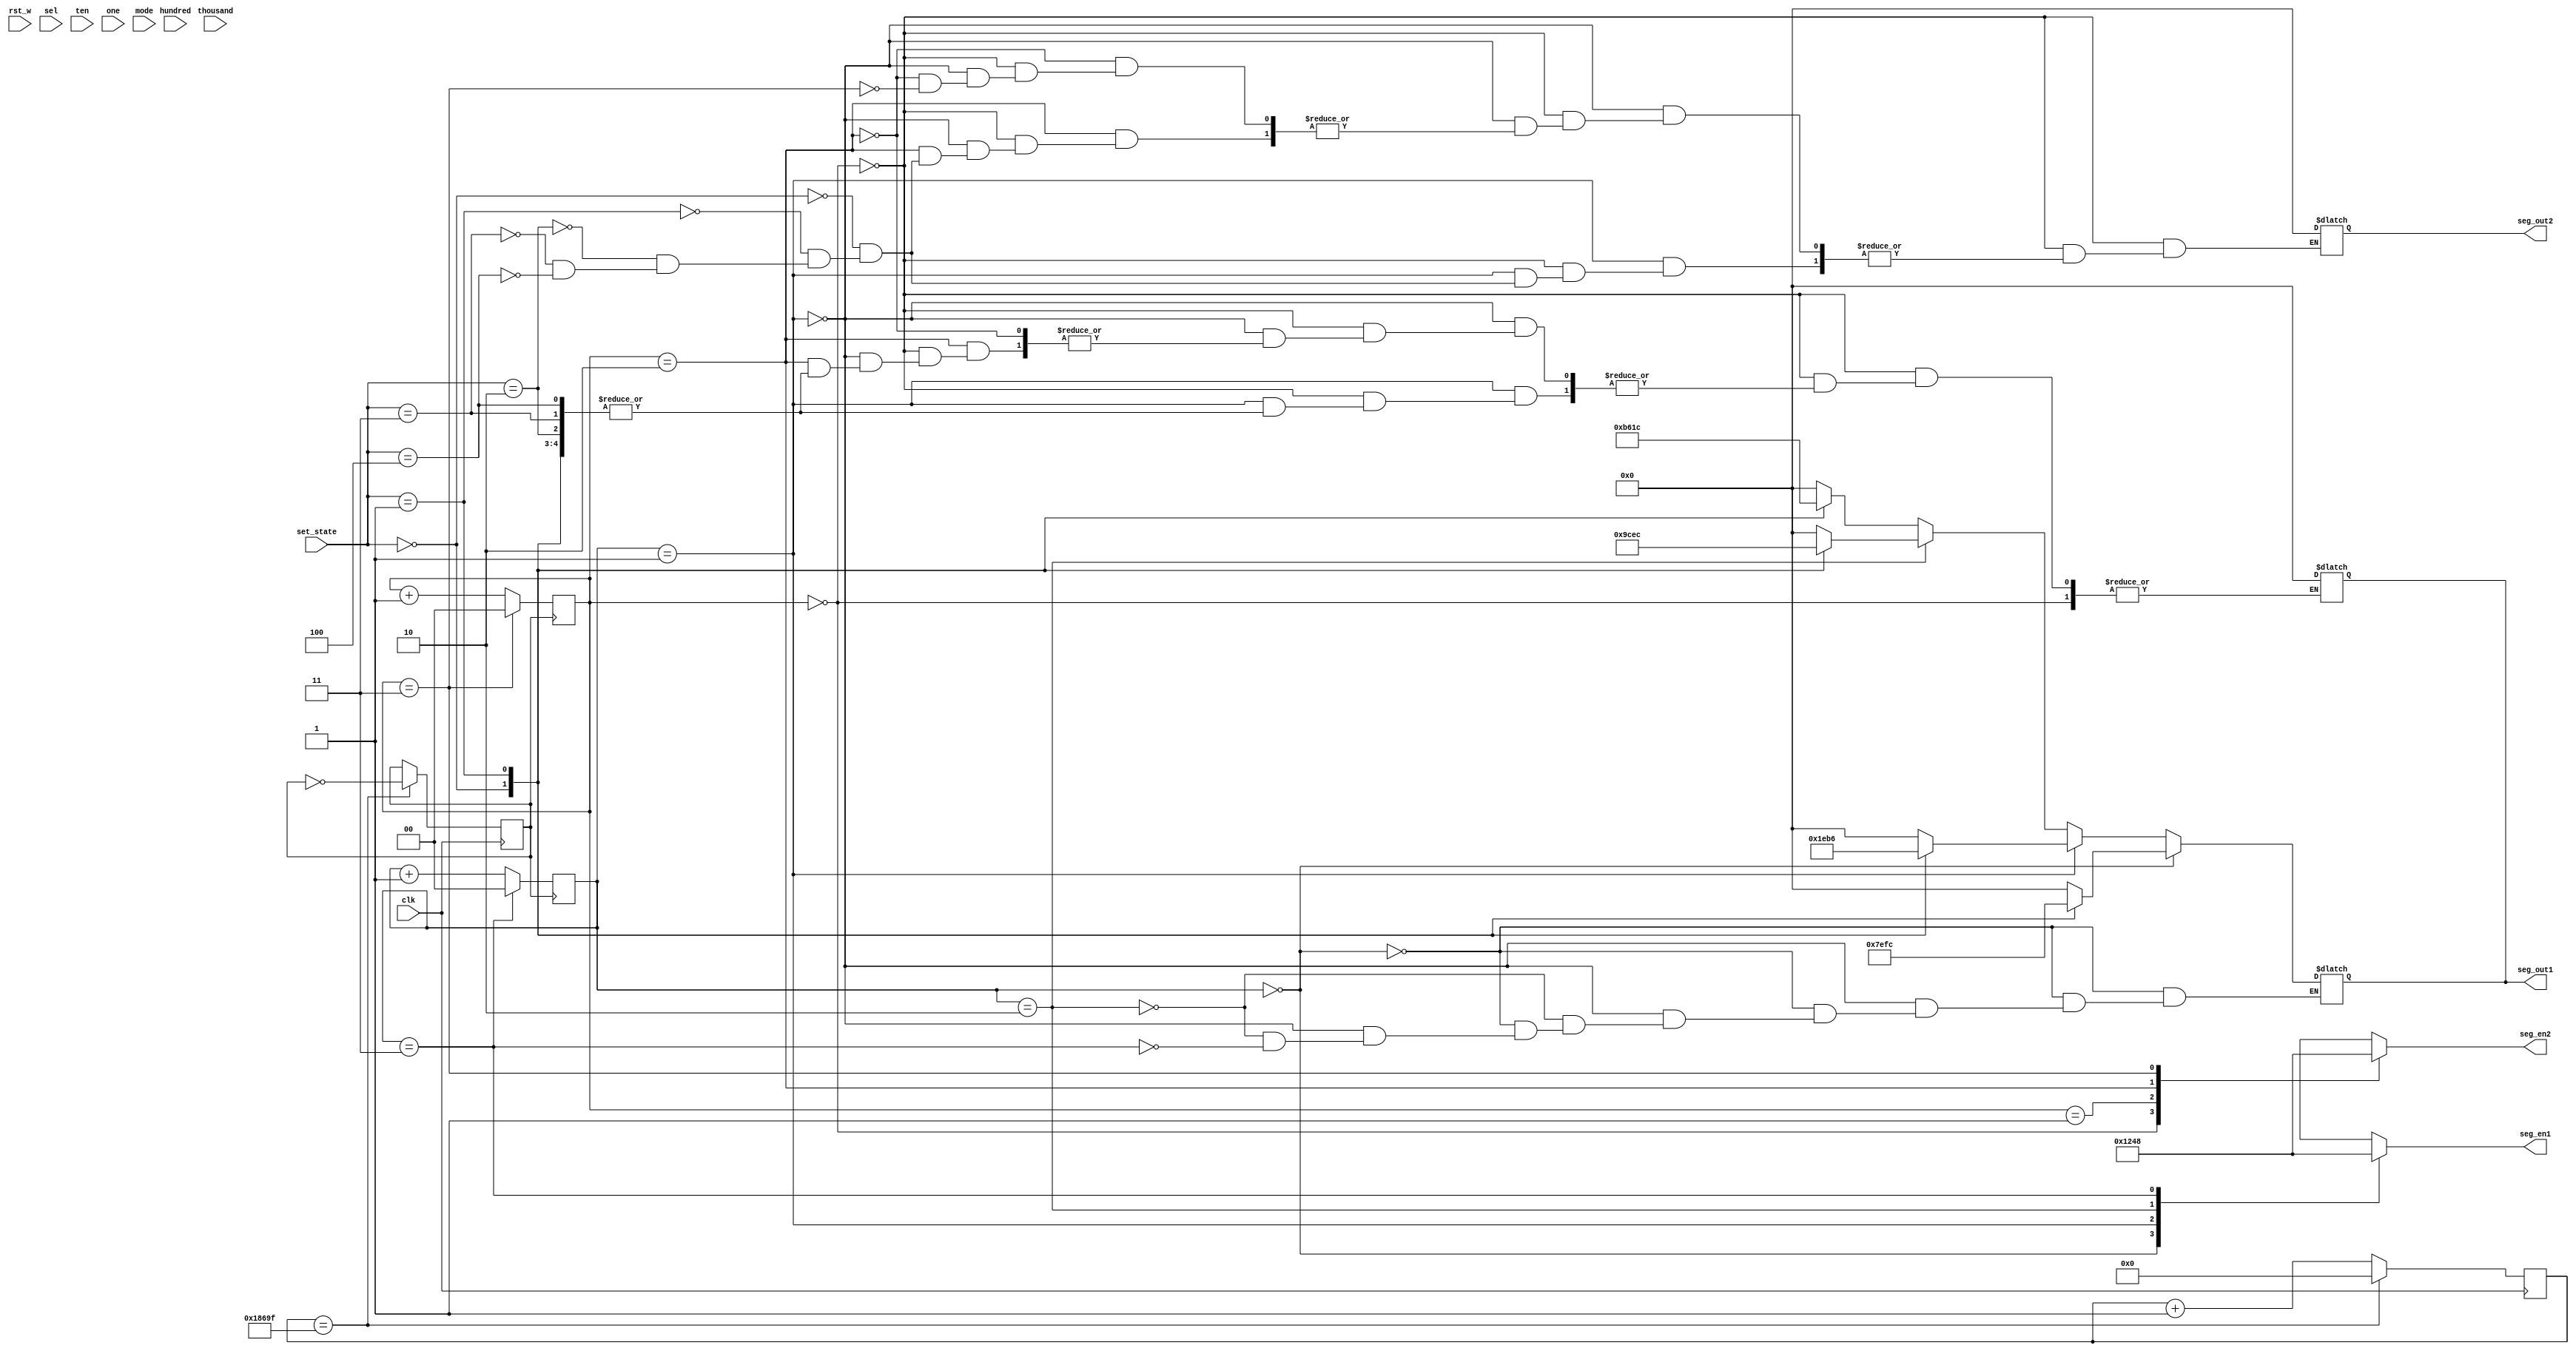
`timescale 1ns / 1ps
//////////////////////////////////////////////////////////////////////////////////
// Company: 
// Engineer: 
// 
// Design Name: 
// Module Name: set_light
// Project Name: 
// Target Devices: 
// Tool Versions: 
// Description: 
// 
// Dependencies: 
// 
// Revision:
// Revision 0.01 - File Created
// Additional Comments:
// 
//////////////////////////////////////////////////////////////////////////////////


module set_light(input rst_w,
                  input [15:0] set_state,
                  input clk,
                  input[3:0] sel,
                  input[3:0] thousand,hundred,ten,one,
                  input[1:0] mode,
                  output reg[3:0] seg_en1,seg_en2,
                  output reg [7:0] seg_out1,seg_out2);

parameter
RESTART = 3'b000,
RULE = 3'b001,
EXCEED = 3'b010,
INFO = 3'b011,
RESET = 3'b100;

reg[1:0] scan_cnt1 = 0;
reg[1:0] scan_cnt2 = 0;

parameter period = 200000;//500HZ
reg clkout       = 0;
reg[31:0]cnt;
always@(posedge clk)
begin
    if (cnt == (period>>1)-1) begin
        clkout = ~clkout;
        cnt <= 0;
    end
    else
        cnt <= cnt+1;
end

always@(posedge clkout)
begin
    if (scan_cnt1 == 2'b11)
        scan_cnt1 <= 0;
    else
        scan_cnt1 <= scan_cnt1+1;
end

always@(posedge clkout)
begin
    if (scan_cnt2 == 2'b11)
        scan_cnt2 <= 0;
    else
        scan_cnt2 <= scan_cnt2+1;
end

always@(scan_cnt1)
begin
    case(scan_cnt1)
        2'b00: seg_en1 = 4'b0001;
        2'b01: seg_en1 = 4'b0010;
        2'b10: seg_en1 = 4'b0100;
        2'b11: seg_en1 = 4'b1000;
    endcase
end

always@(scan_cnt2)
begin
    case(scan_cnt2)
        2'b00: seg_en2 = 4'b0001;
        2'b01: seg_en2 = 4'b0010;
        2'b10: seg_en2 = 4'b0100;
        2'b11: seg_en2 = 4'b1000;
    endcase
end

always@(scan_cnt1)
   begin
       if(scan_cnt1==0)begin
             case(set_state)
            RESTART:seg_out1=8'b0111_1110;
             RULE:seg_out1=8'b1111_1100;
             EXCEED:seg_out1=8'b0000_0000;
             INFO:seg_out1=8'b0000_0000;
             RESET:seg_out1=8'b0000_0000;
            default: seg_out1=8'b0000_0000;
            endcase
            end
          else if(scan_cnt1==1) begin
          case(set_state)
         RESTART:seg_out1=8'b0001_1110;
                      RULE:seg_out1=8'b1011_0110;
                      EXCEED:seg_out1=8'b0000_0000;
                      INFO:seg_out1=8'b0000_0000;
                      RESET:seg_out1=8'b0000_0000;
         default: seg_out1=8'b0000_0000;
         endcase
         end
         else if(scan_cnt1==2)begin
         case(set_state)
         RESTART:seg_out1=8'b1001_1100;
                     RULE:seg_out1=8'b1110_1100;
                     EXCEED:seg_out1=8'b0000_0000;
                     INFO:seg_out1=8'b0000_0000;
                     RESET:seg_out1=8'b0000_0000;
        default: seg_out1=8'b0000_0000;
        endcase
        end
        else if(scan_cnt1==3)begin
        case(set_state)
       RESTART:seg_out1=8'b1011_0110;
                    RULE:seg_out1=8'b0001_1100;
                    EXCEED:seg_out1=8'b0000_0000;
                    INFO:seg_out1=8'b0000_0000;
                    RESET:seg_out1=8'b0000_0000;
       default: seg_out1=8'b0000_0000;
       endcase
       end
   end
   
always@(scan_cnt2)
      begin
          if(scan_cnt2==0)begin
                case(set_state)
               RESTART:seg_out2=8'b0000_0000;
                RULE:seg_out2=8'b0000_0000;
                EXCEED:seg_out2=8'b0000_0000;
                INFO:seg_out2=8'b0000_0000;
                RESET:seg_out2=8'b0000_0000;
               default: seg_out2=8'b0000_0000;
               endcase
               end
             else if(scan_cnt1==1) begin
             case(set_state)
            RESTART:seg_out2=8'b0000_0000;
                         RULE:seg_out2=8'b0000_0000;
                         EXCEED:seg_out2=8'b0000_0000;
                         INFO:seg_out2=8'b0000_0000;
                         RESET:seg_out2=8'b0000_0000;
            default: seg_out1=8'b0000_0000;
            endcase
            end
            else if(scan_cnt2==2)begin
            case(set_state)
            RESTART:seg_out2=8'b0000_0000;
                        RULE:seg_out2=8'b0000_0000;
                        EXCEED:seg_out2=8'b0000_0000;
                        INFO:seg_out2=8'b0000_0000;
                        RESET:seg_out2=8'b0000_0000;
           default: seg_out1=8'b0000_0000;
           endcase
           end
           else if(scan_cnt2==3)begin
           case(set_state)
          RESTART:seg_out2=8'b0000_0000;
                       RULE:seg_out2=8'b0000_0000;
                       EXCEED:seg_out2=8'b0000_0000;
                       INFO:seg_out2=8'b0000_0000;
                       RESET:seg_out2=8'b0000_0000;
          default: seg_out2=8'b0000_0000;
          endcase
          end
      end
endmodule